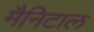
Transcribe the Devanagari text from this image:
मैनिटाल